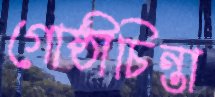
গোষ্ঠীচিন্তা